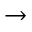
\rightarrow